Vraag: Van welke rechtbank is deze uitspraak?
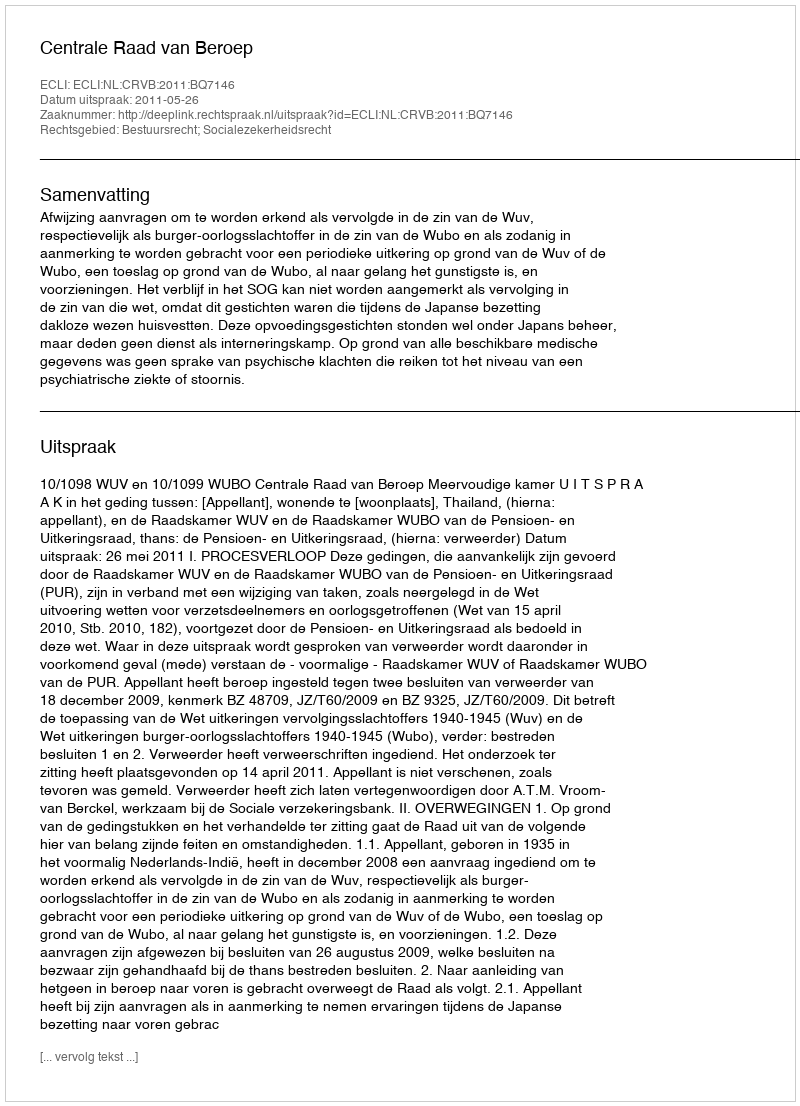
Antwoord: Centrale Raad van Beroep